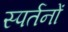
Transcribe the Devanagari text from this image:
स्पर्तनों